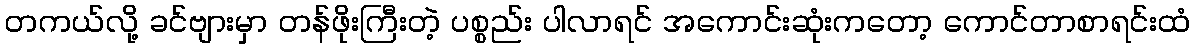
တကယ်လို့ ခင်ဗျားမှာ တန်ဖိုးကြီးတဲ့ ပစ္စည်း ပါလာရင် အကောင်းဆုံးကတော့ ကောင်တာစာရင်းထံ